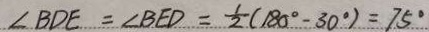
\angle B D E = \angle B E D = \frac { 1 } { 2 } ( 1 8 0 ^ { \circ } - 3 0 ^ { \circ } ) = 7 5 ^ { \circ }